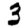
Digit: 3